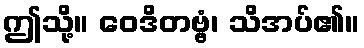
ဤသို့။ ဝေဒိတဗ္ဗံ၊ သိအပ်၏။